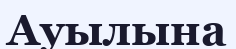
Ауылына